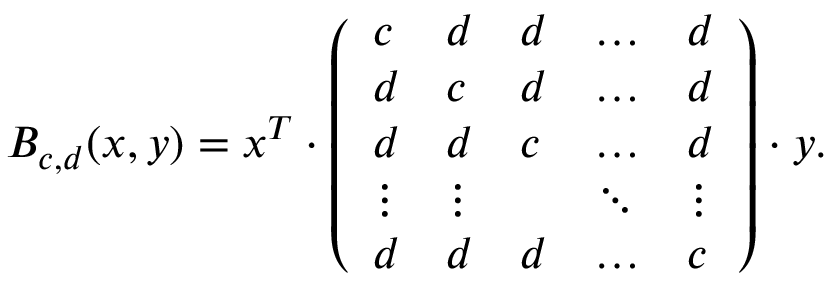
B _ { c , d } ( \boldsymbol { x } , \boldsymbol { y } ) = \boldsymbol { x } ^ { T } \cdot \left( \begin{array} { l l l l l } { c } & { d } & { d } & { \dots } & { d } \\ { d } & { c } & { d } & { \dots } & { d } \\ { d } & { d } & { c } & { \dots } & { d } \\ { \vdots } & { \vdots } & & { \ddots } & { \vdots } \\ { d } & { d } & { d } & { \dots } & { c } \end{array} \right) \cdot \boldsymbol { y } .